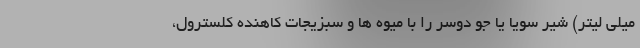
میلی لیتر) شیر سویا یا جو دوسر را با میوه ها و سبزیجات کاهنده کلسترول،